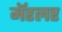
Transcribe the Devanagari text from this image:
मॅरलर